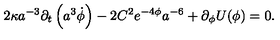
2 \kappa a ^ { - 3 } \partial _ { t } \left( a ^ { 3 } \dot { \phi } \right) - 2 C ^ { 2 } e ^ { - 4 \phi } a ^ { - 6 } + \partial _ { \phi } U ( \phi ) = 0 .